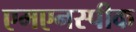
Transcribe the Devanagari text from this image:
एमएनस्पीक